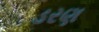
ડરણ